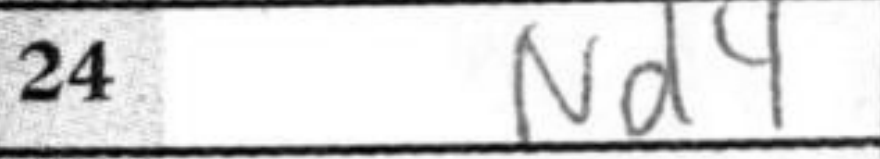
Transcription: Nd4